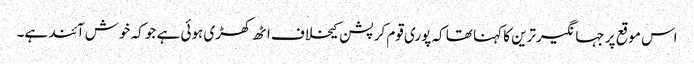
اس موقع پر جہانگیرترین کا کہنا تھا کہ پوری قوم کرپشن کیخلاف اٹھ کھڑی ہوئی ہے جو کہ خوش آئند ہے۔